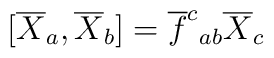
[\overline{X}_{a},\overline{X}_{b}] = \overline{f}^{c}{}_{ab}\overline{X}_{c}